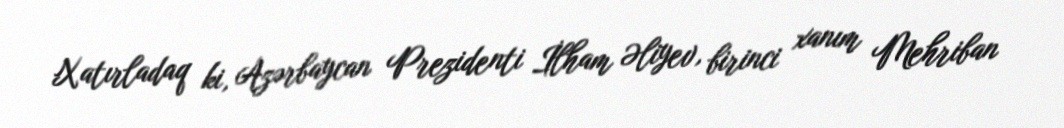
Xatırladaq ki, Azərbaycan Prezidenti İlham Əliyev, birinci xanım Mehriban